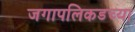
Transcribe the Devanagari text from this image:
जगापलिकडच्या